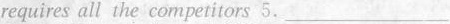
requires all the competitors 5.___